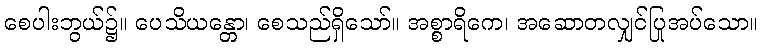
စေပါးဘွယ်၌။ ပေသိယန္တော၊ စေသည်ရှိသော်။ အစ္စာရိကေ၊ အဆောတလျှင်ပြုအပ်သော။